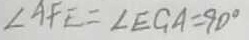
\angle A F E = \angle E G A = 9 0 ^ { \circ }